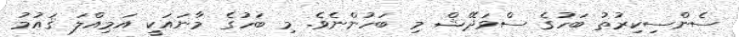
ސެންސިކިރުތު ބަހުގެ ސްވަދޭޝް މި ބަހުންނެވެ. މި ބަހުގެ މާނައަކީ އަމިއްލަ ޤައުމު